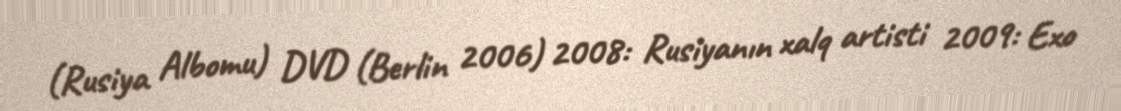
(Rusiya Albomu) DVD (Berlin 2006) 2008: Rusiyanın xalq artisti 2009: Exo